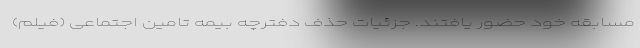
مسابقه خود حضور یافتند. جزئیات حذف دفترچه بیمه تامین اجتماعی (فیلم)